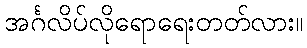
အင်္ဂလိပ်လိုရောရေးတတ်လား။